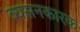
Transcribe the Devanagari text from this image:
व्यसनकारक